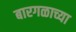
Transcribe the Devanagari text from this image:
बारगळाच्या